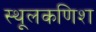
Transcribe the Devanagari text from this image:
स्थूलकणिश